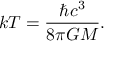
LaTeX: k T = { \frac { \hbar c ^ { 3 } } { 8 \pi G M } } .